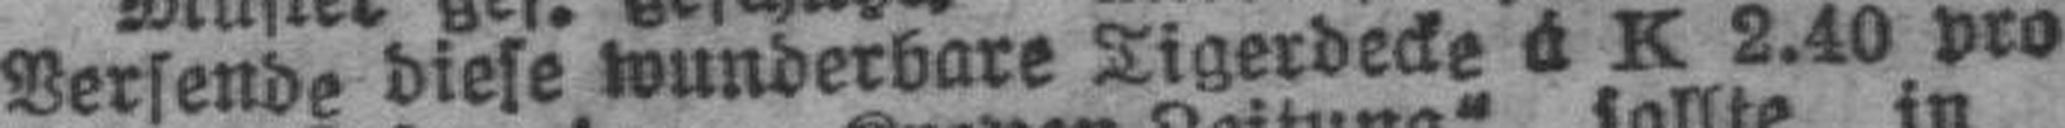
Versende diese wunderbare Tigerdecke à K 2.40 pro Stück.